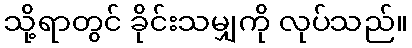
သို့ရာတွင် ခိုင်းသမျှကို လုပ်သည်။